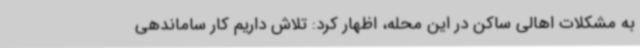
به مشکلات اهالی ساکن در این محله، اظهار کرد: تلاش داریم کار ساماندهی